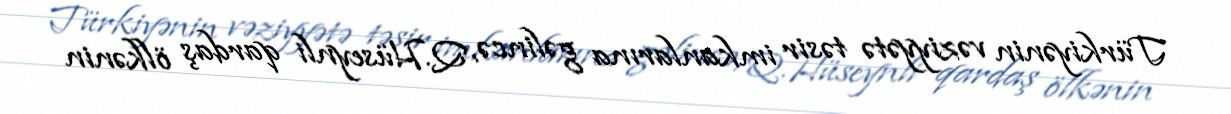
Türkiyənin vəziyyətə təsir imkanlarına gəlincə, Q.Hüseynli qardaş ölkənin